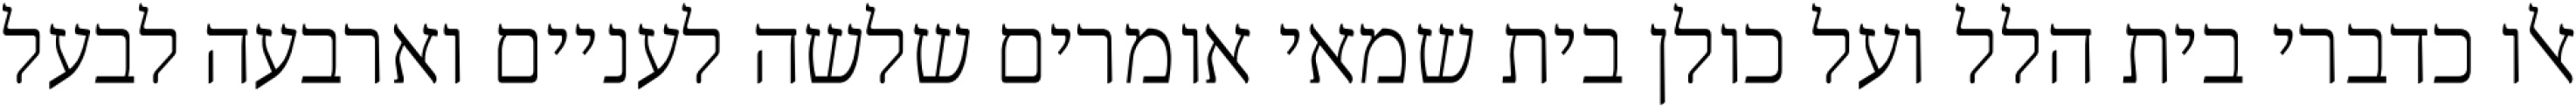
אלו כדברי בית הלל ועל כולן בית שמאי אומרים שלשה לעניים וארבעה לבעל